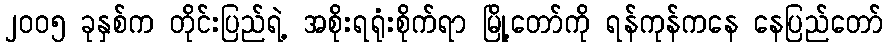
၂၀၀၅ ခုနှစ်က တိုင်းပြည်ရဲ့ အစိုးရရုံးစိုက်ရာ မြို့တော်ကို ရန်ကုန်ကနေ နေပြည်တော်